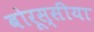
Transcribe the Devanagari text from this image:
बोरूस्सीया